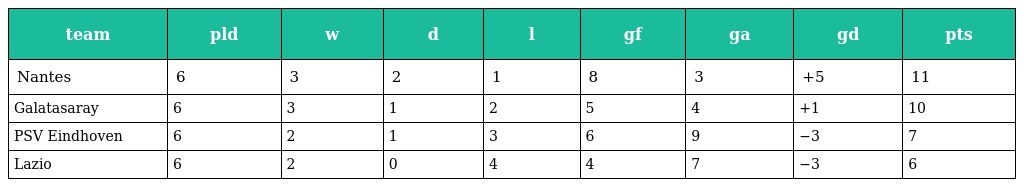
| team | pld | w | d | l | gf | ga | gd | pts |
 | --- | --- | --- | --- | --- | --- | --- | --- | --- |
 | Nantes | 6 | 3 | 2 | 1 | 8 | 3 | +5 | 11 |
 | Galatasaray | 6 | 3 | 1 | 2 | 5 | 4 | +1 | 10 |
 | PSV Eindhoven | 6 | 2 | 1 | 3 | 6 | 9 | −3 | 7 |
 | Lazio | 6 | 2 | 0 | 4 | 4 | 7 | −3 | 6 |